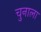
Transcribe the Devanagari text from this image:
चुनाला